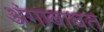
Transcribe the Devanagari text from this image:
अंगाबाबत